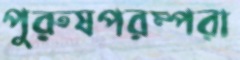
পুরুষপরম্পরা